Annual administration report of the Civil Veterinary Department of India - 1895-1896
Year: 1895
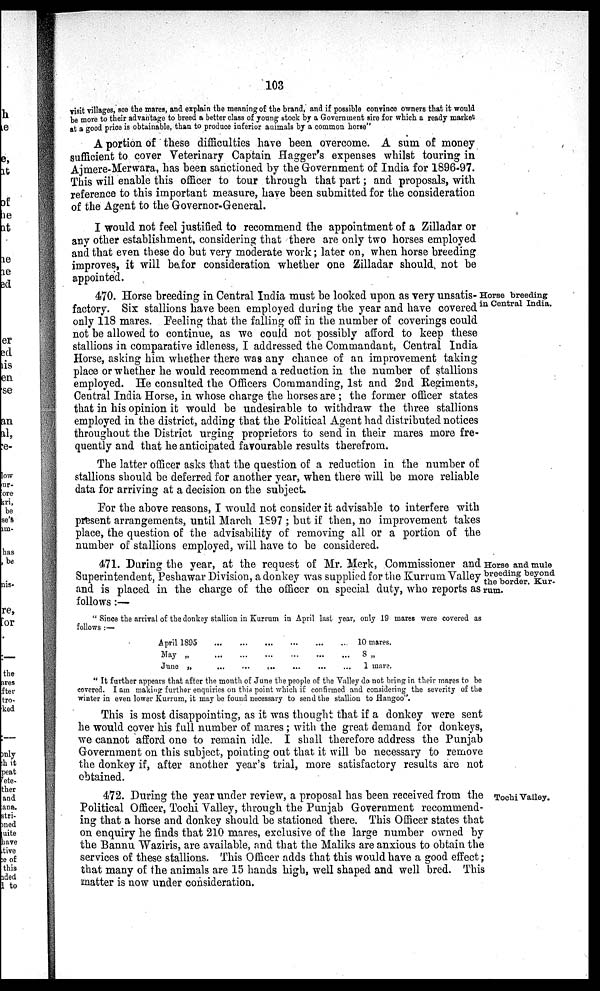
103
visit villages, see the mares, and explain the meaning of the brand, and if possible convince owners that it would
be more to their advantage to breed a better class of young stock by a Government sire for which a ready market
at a good price is obtainable, than to produce inferior animals by a common horse"
A portion of these difficulties have been overcome. A sum of money
sufficient to cover Veterinary Captain Hagger's expenses whilst touring in
Ajmere-Merwara, has been sanctioned by the Government of India for 1896-97.
This will enable this officer to tour through that part; and proposals, with
reference to this important measure, have been submitted for the consideration
of the Agent to the Governor-General.
I would not feel justified to recommend the appointment of a Zilladar or
any other establishment, considering that there are only two horses employed
and that even these do but very moderate work; later on, when horse breeding
improves, it will be for consideration whether one Zilladar should not be
appointed.
Horse breeding
in Central India.
470. Horse breeding in Central India must be looked upon as very unsatis-
factory. Six stallions have been employed during the year and have covered
only 118 mares. Feeling that the falling off in the number of coverings could
not be allowed to continue, as we could not possibly afford to keep these
stallions in comparative idleness, I addressed the Commandant, Central India
Horse, asking him whether there was any chance of an improvement taking
place or whether he would recommend a reduction in the number of stallions
employed. He consulted the Officers Commanding, 1st and 2nd Regiments,
Central India Horse, in whose charge the horses are; the former officer states
that in his opinion it would be undesirable to withdraw the three stallions
employed in the district, adding that the Political Agent had distributed notices
throughout the District urging proprietors to send in their mares more fre-
quently and that he anticipated favourable results therefrom.
The latter officer asks that the question of a reduction in the number of
stallions should be deferred for another year, when there will be more reliable
data for arriving at a decision on the subject.
For the above reasons, I would not consider it advisable to interfere with
present arrangements, until March 1897; but if then, no improvement takes
place, the question of the advisability of removing all or a portion of the
number of stallions employed, will have to be considered.
Horse and mule
breeding beyond
the border. Kur-
rum.
471. During the year, at the request of Mr. Merk, Commissioner and
Superintendent, Peshawar Division, a donkey was supplied for the Kurrum Valley
and is placed in the charge of the officer on special duty, who reports as
follows:—
" Since the arrival of the donkey stallion in Kurrum in April last year, only 19 mares were covered as
follows:—
April 1895
May „
June „
...
...
...
...
...
...
...
...
...
...
...
...
...
...
...
...
...
...
10 mares.
8 „
1 mare.
" It further appears that after the month of June the people of the Valley do not bring in their mares to be
covered. I am making further enquiries on this point which if confirmed and considering the severity of the
winter in even lower Kurrum, it may be found necessary to send the stallion to Hangoo".
This is most disappointing, as it was thought that if a donkey were sent
he would cover his full number of mares; with the great demand for donkeys,
we cannot afford one to remain idle. I shall therefore address the Punjab
Government on this subject, pointing out that it will be necessary to remove
the donkey if, after another year's trial, more satisfactory results are not
obtained.
Tochi Valley.
472. During the year under review, a proposal has been received from the
Political Officer, Tochi Valley, through the Punjab Government recommend-
ing that a horse and donkey should be stationed there. This Officer states that
on enquiry he finds that 210 mares, exclusive of the large number owned by
the Bannu Waziris, are available, and that the Maliks are anxious to obtain the
services of these stallions. This Officer adds that this would have a good effect;
that many of the animals are 15 hands high, well shaped and well bred. This
matter is now under consideration.